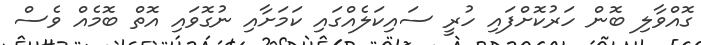
ގޮއްވާލި ބޮން ހަރުކޮށްފައި ހުރީ ސައިކަލެއްގައި ކަމަށާއި ނުގޮވައި އޮތް ބޮމެއް ވެސް